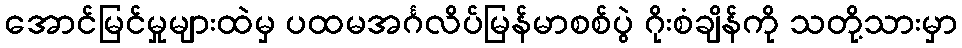
အောင်မြင်မှုများထဲမှ ပထမအင်္ဂလိပ်မြန်မာစစ်ပွဲ ဂိုးစံချိန်ကို သတို့သားမှာ